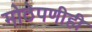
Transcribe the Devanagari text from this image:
मोठेपणीही